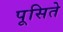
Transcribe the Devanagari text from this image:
पूसिते